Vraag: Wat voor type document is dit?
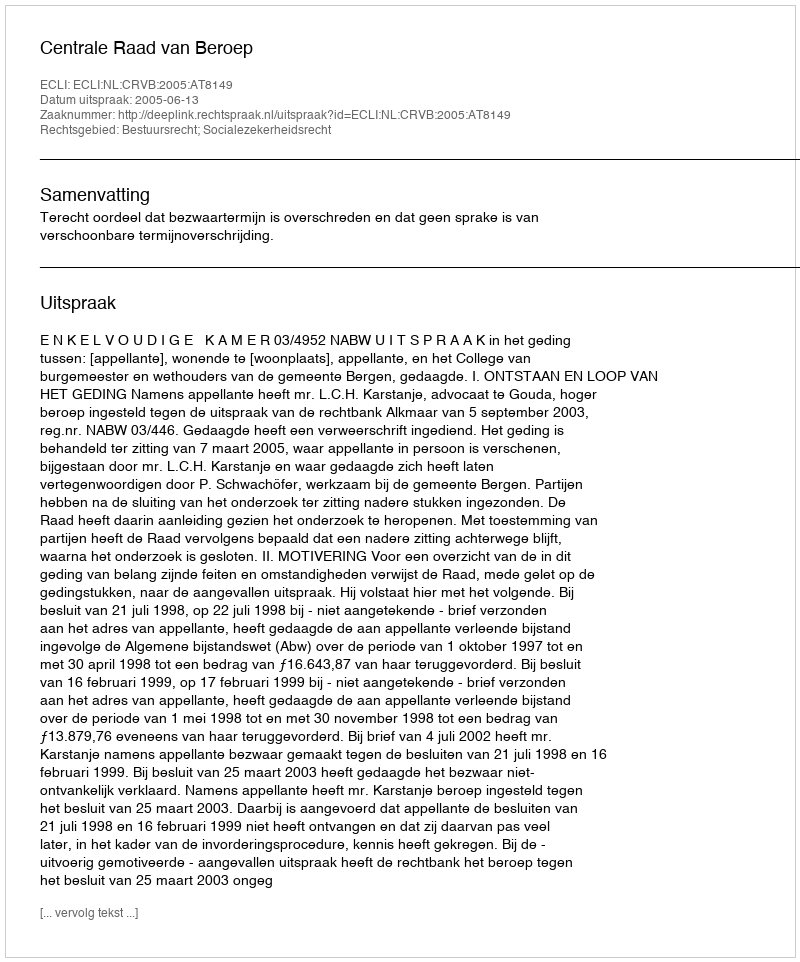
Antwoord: Uitspraak